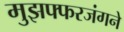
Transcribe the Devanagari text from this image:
मुझफ्फरजंगने